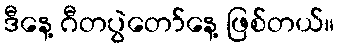
ဒီနေ့ ဂီတပွဲတော်နေ့ ဖြစ်တယ်။